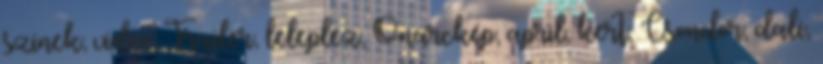
szinek, video, Trailer, leleplez, Önarckép, april, kert, Csondor, dali,